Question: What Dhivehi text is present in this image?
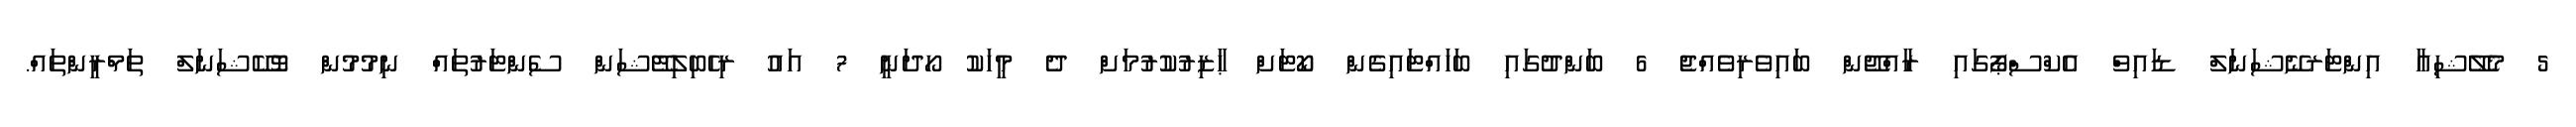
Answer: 5 މެލޭޝިއާ އިންޓަރނޭޝަނަލް ޑައިވް އެކްސްޕޯގައި ރާއްޖޭން ބައިވެރިވެއްޖެ 6 ބަންދުގައި ބަހައްޓައިގެން ކޯޓަށް ޙާޒިރުކުރުމަށް ދެ މީހަކު ހޯދަނީ 7 އައު ރިހެބިލިޓޭޝަން ސެންޓަރުތައްް ނިމުމުން ވޮކޭޝަނަލް ތަމްރީންތައް.